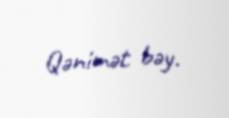
Qənimət bəy.